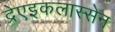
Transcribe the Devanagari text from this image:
द्रेएइकलास्सेन